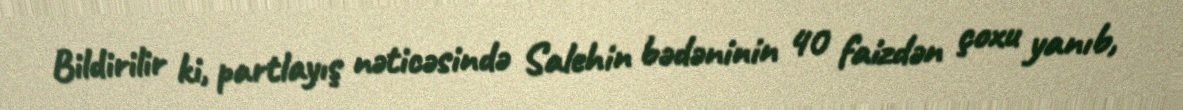
Bildirilir ki, partlayış nəticəsində Salehin bədəninin 40 faizdən çoxu yanıb,